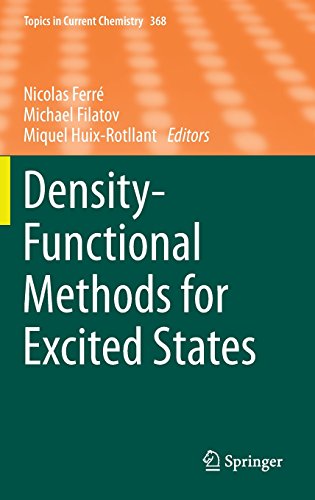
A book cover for Density-Functional Methods for Excited States (Topics in Current Chemistry); Science & Math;